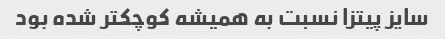
سایز پیتزا نسبت به همیشه کوچکتر شده بود